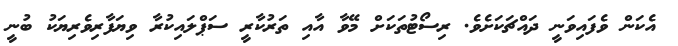
އެކަން ވެފައިވަނީ ދައްޗަކަށެވެ. ރިސޯޓުތަކަށް މޭވާ އާއި ތަރުކާރީ ސަޕްލައިކުރާ ވިޔަފާރިވެރިޔަކު ބުނީ